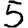
Digit: 5